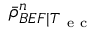
\bar { \rho } _ { B E F | T _ { \mathrm { ~ e ~ c ~ } } } ^ { n }